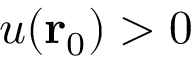
u ( { \bf { r } } _ { 0 } ) > 0